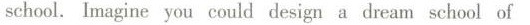
school.Imagine you could design a dream school of